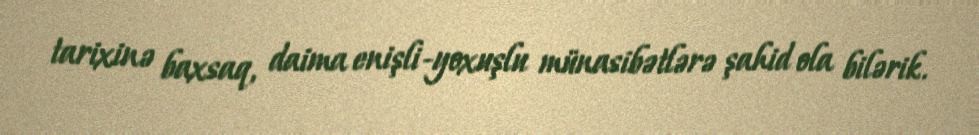
tarixinə baxsaq, daima enişli-yoxuşlu münasibətlərə şahid ola bilərik.